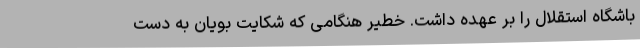
باشگاه استقلال را بر عهده داشت. خطیر هنگامی که شکایت بویان به دست